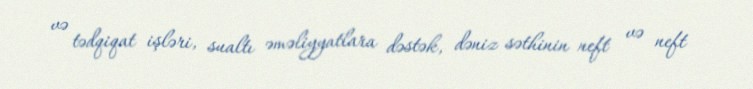
və tədqiqat işləri, sualtı əməliyyatlara dəstək, dəniz səthinin neft və neft